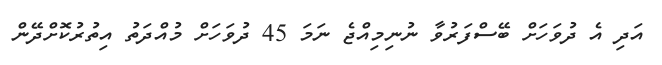
އަދި އެ ދުވަހަށް ބޭސްފަރުވާ ނުނިމިއްޖެ ނަމަ 45 ދުވަހަށް މުއްދަތު އިތުރުކޮށްދޭން